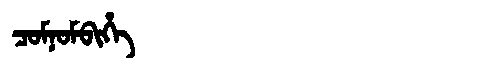
Manchu: ᠴᠣᠮᠨᠣᠮᠪᡳᡥᡝ
Romanization: COMNOMBIHE